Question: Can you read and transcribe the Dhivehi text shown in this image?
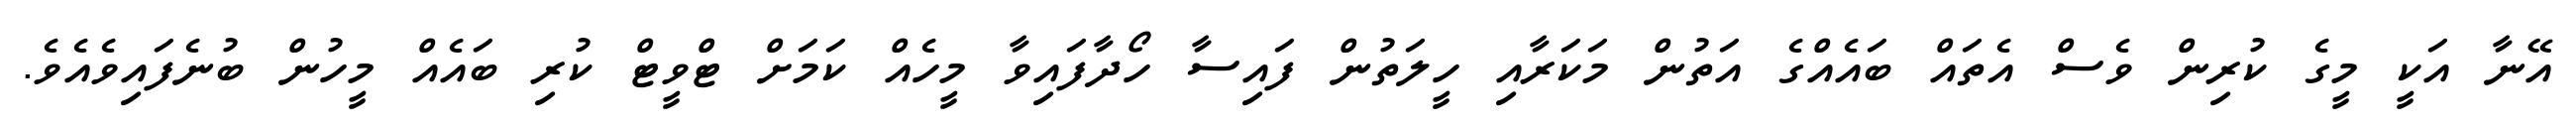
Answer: އޭނާ އަކީ މީގެ ކުރިން ވެސް އެތައް ބައެއްގެ އަތުން މަކަރާއި ހީލަތުން ފައިސާ ހޯދާފައިވާ މީހެއް ކަމަށް ޓްވީޓް ކުރި ބައެއް މީހުން ބުނެފައިވެއެވެ.